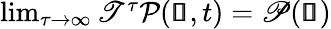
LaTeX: \begin{array}{r}{\operatorname*{lim}_{\tau\rightarrow\infty}\mathscr{T}^{\tau}\mathcal{P}(\pmb{\mathscr{s}},t)=\mathscr{P}(\pmb{\mathscr{s}})}\end{array}